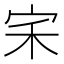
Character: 𭓦